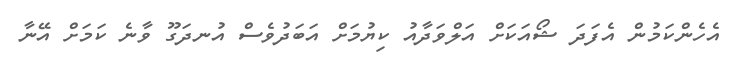
އެހެންކަމުން އެފަދަ ޝޯއަކަށް އަލްވަދާއު ކިޔުމަށް އަބަދުވެސް އުނދަގޫ ވާނެ ކަމަށް އޭނާ